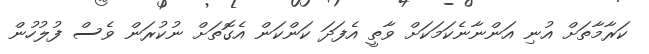
ކަރާމާތަށް އުނި އަންނާނެކަމަކަށް ވާތީ އެފަދަ ކަންކަން އެގޮތަށް ނުކުރަން ވެސް ފުލުހުން